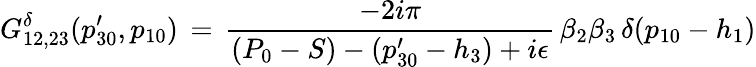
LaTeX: G_{12,23}^{\delta}(p_{30}^{\prime},p_{10})\, =\, {\frac{-2i\pi}{(P_{0}-S)-(p_{30}^{\prime}-h_{3})+i\epsilon}}\, \beta_{2}\beta_{3}\, \delta(p_{10}-h_{1})